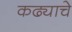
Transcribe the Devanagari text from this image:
कढ्याचे